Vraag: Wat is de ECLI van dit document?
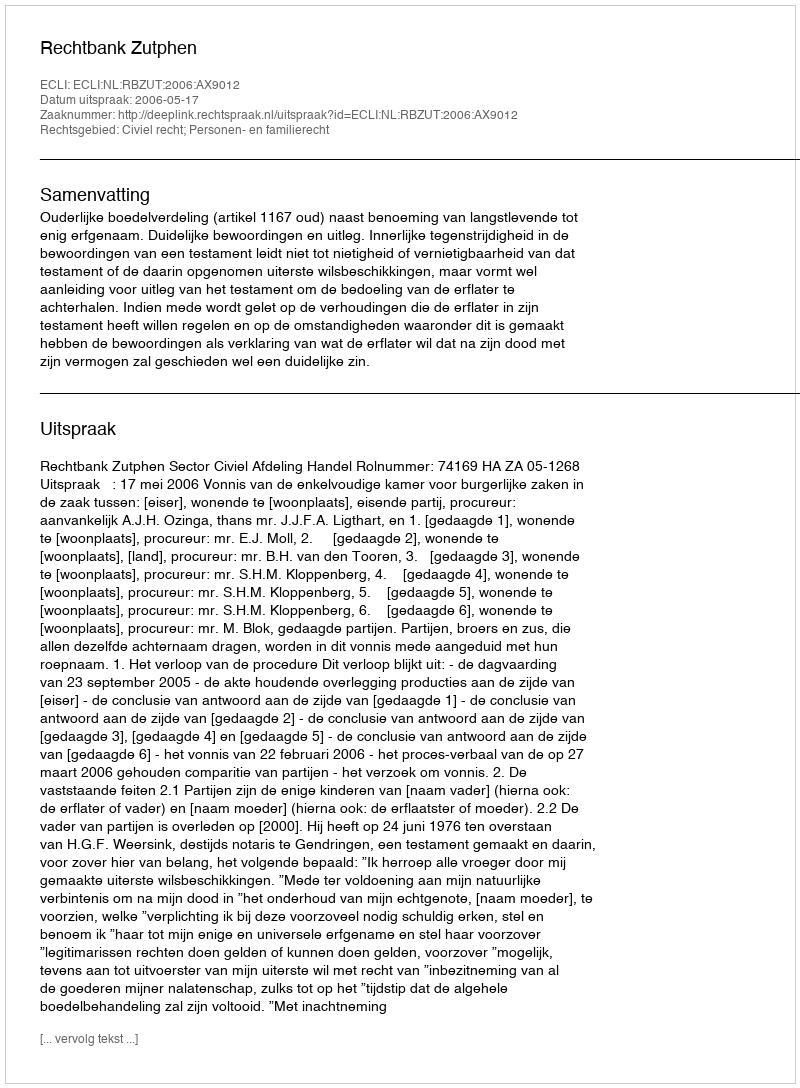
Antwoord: ECLI:NL:RBZUT:2006:AX9012